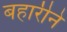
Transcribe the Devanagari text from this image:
बहारीने